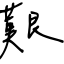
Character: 艱